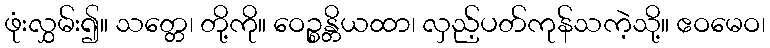
ဖုံးလွှမ်း၍။ သတ္တေ၊ တို့ကို။ ဝေဉ္စန္တိယထာ၊ လှည့်ပတ်ကုန်သကဲ့သို့။ ဧဝမေဝ၊